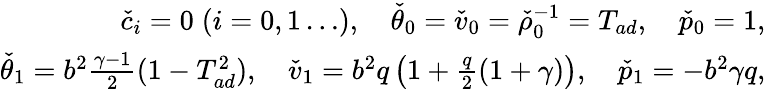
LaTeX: \begin{array}{r}{\check{c}_{i}=0\; (i=0,1\ldots),\quad\check{\theta}_{0}=\check{v}_{0}=\check{\rho}_{0}^{-1}=T_{ad},\quad\check{p}_{0}=1,}\\ {\check{\theta}_{1}=b^{2}\frac{\gamma-1}{2}(1-T_{ad}^{2}),\quad\check{v}_{1}=b^{2}q\left(1+\frac{q}{2}(1+\gamma)\right),\quad\check{p}_{1}=-b^{2}\gamma q,}\end{array}